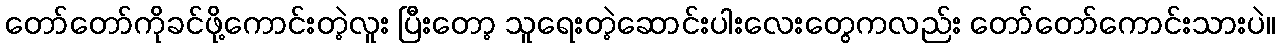
တော်တော်ကိုခင်ဖို့ကောင်းတဲ့လူး ပြီးတော့ သူရေးတဲ့ဆောင်းပါးလေးတွေကလည်း တော်တော်ကောင်းသားပဲ။